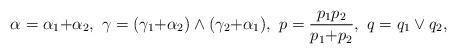
LaTeX: \begin{align*}\alpha = \alpha_1 {+} \alpha_2, \ \gamma = (\gamma_1 {+} \alpha_2) \wedge (\gamma_2 {+} \alpha_1), \ p = \frac{p_1 p_2}{p_1 {+} p_2}, \ q = q_1\vee q_2,\end{align*}